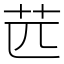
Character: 苉